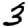
Digit: 3